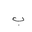
Letter: _ba